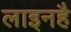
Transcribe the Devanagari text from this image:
लाइनहै